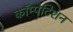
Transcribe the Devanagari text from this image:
कॉम्पेटिशन